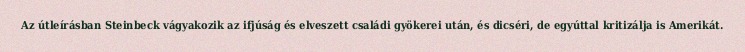
Az útleírásban Steinbeck vágyakozik az ifjúság és elveszett családi gyökerei után, és dicséri, de egyúttal kritizálja is Amerikát.